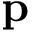
\textbf { p }